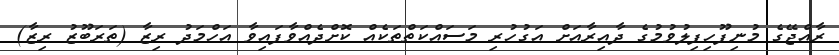
ރާއްޖޭގެ މުނިފޫހިފިލުވުމުގެ ދާއިރާއަށް އަގުހުރި މަސައްކަތްތަކެއް ކޮށްދެއްވާފައިވާ އަހްމަދު ރިޒާ (ތަރަބޫޒު ރިޒާ)